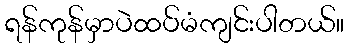
ရန်ကုန်မှာပဲထပ်မံကျင်းပါတယ်။